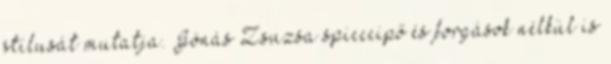
stílusát mutatja. Jónás Zsuzsa spicccipő és forgások nélkül is